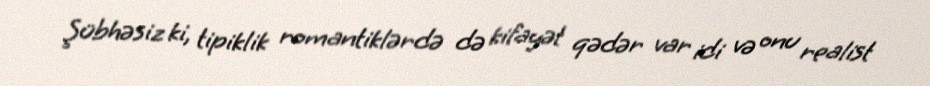
Şübhəsiz ki, tipiklik romantiklərdə də kifayət qədər var idi və onu realist